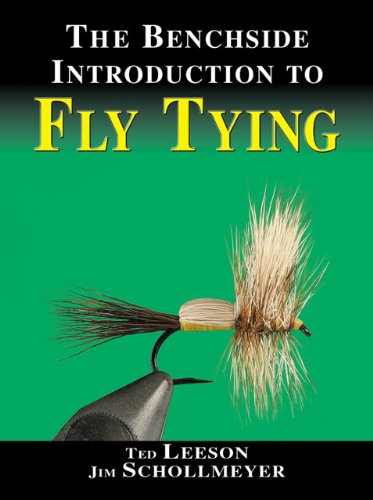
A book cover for The Benchside Introduction to Fly Tying; Ted Leeson; Sports & Outdoors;